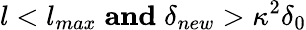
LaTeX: l<l_{max}\; \mathbf{and}\; \delta_{new}>\kappa^{2}\delta_{0}